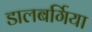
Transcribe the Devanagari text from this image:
डालबर्गिया